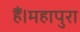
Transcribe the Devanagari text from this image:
हैं।महापुरा